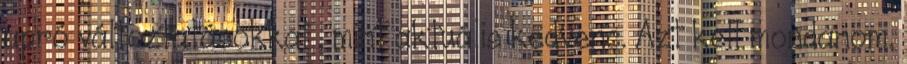
apró változtatásokkal , mint aktuális kedvenc. Azt kell mondanom,